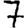
Digit: 7